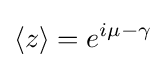
\langle z\rangle =e^{i\mu -\gamma }